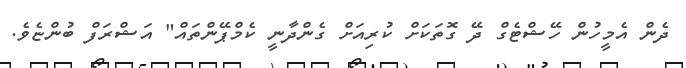
ދެން އެމީހުން ހޭޝްޓެގް ދޭ ގޮތަކަށް ކުރިއަށް ގެންދާނީ ކެމްޕޭންތައް" އަޝްރަފް ބުންޏެވެ.